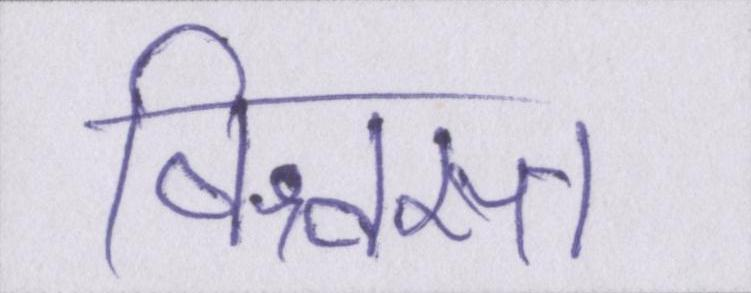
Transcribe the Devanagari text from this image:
विश्वस्त